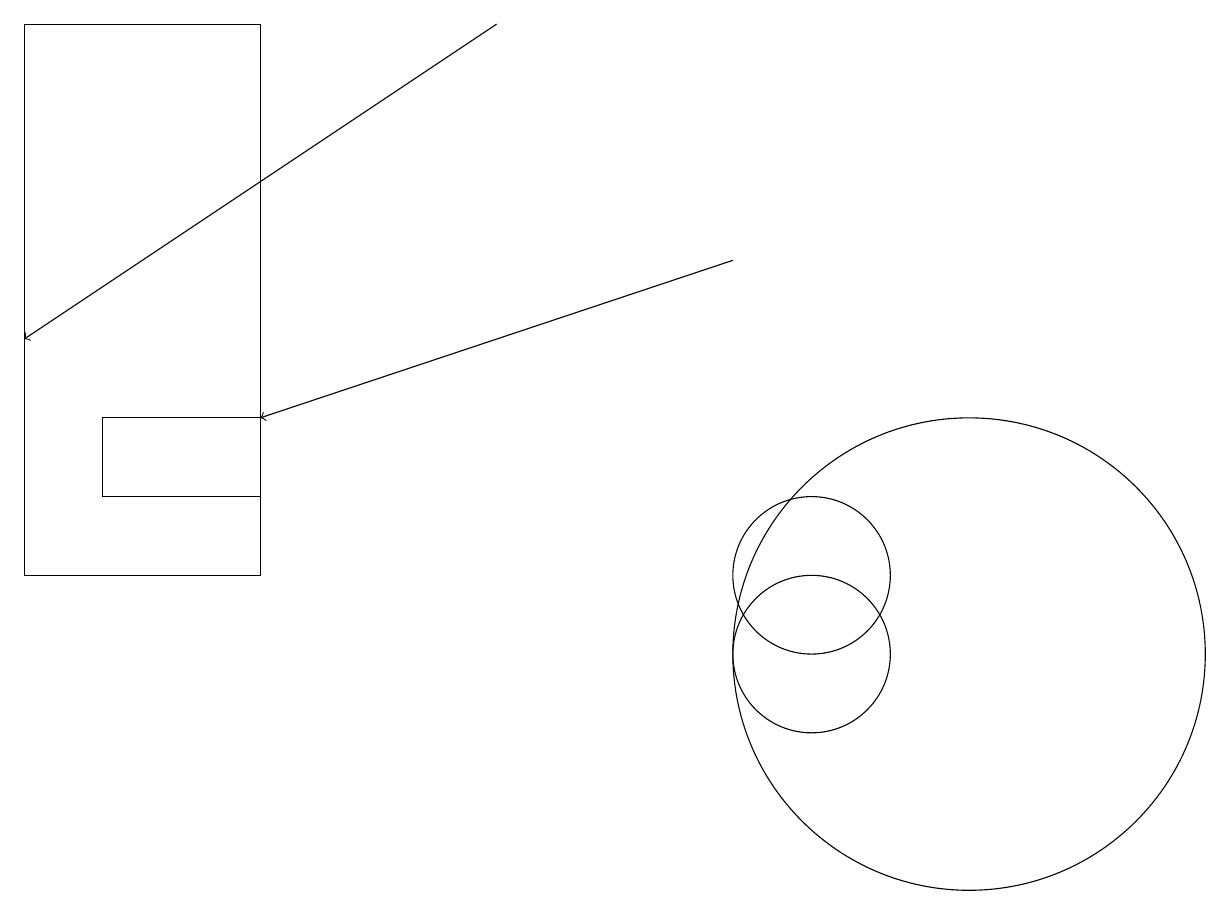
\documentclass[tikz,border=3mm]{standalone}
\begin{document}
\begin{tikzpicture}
\draw (10,12) circle (1);
\draw (1,13) rectangle (3,14);
\draw[->] (9,16) -- (3,14);
\draw (12,11) circle (3);
\draw (10,11) circle (1);
\draw[->] (6,19) -- (0,15);
\draw (0,12) rectangle (3,19);
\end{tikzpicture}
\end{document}